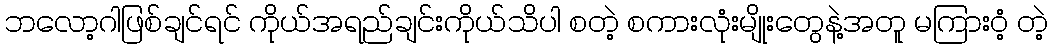
ဘလော့ဂါဖြစ်ချင်ရင် ကိုယ်အရည်ချင်းကိုယ်သိပါ စတဲ့ စကားလုံးမျိုးတွေနဲ့အတူ မကြားဝံ့ တဲ့